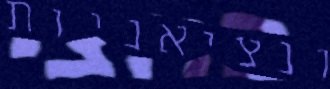
ונציאניות